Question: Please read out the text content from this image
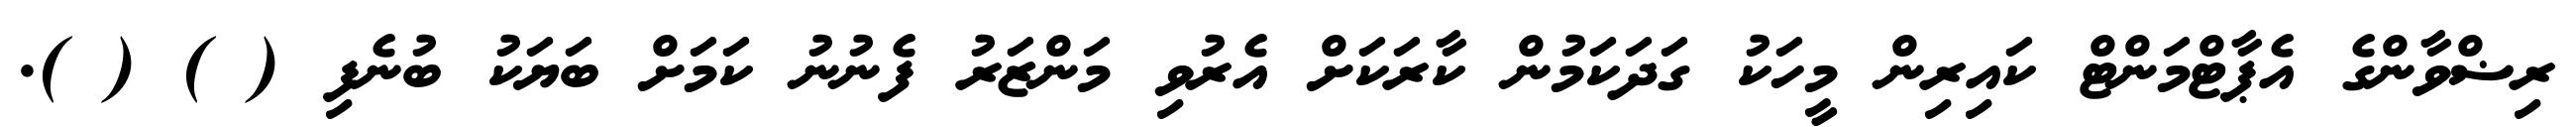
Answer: ރިޟްވާންގެ އެޕާޓްމަންޓް ކައިރިން މީހަކު ގަދަކަމުން ކާރަކަށް އެރުވި މަންޒަރު ފެނުނު ކަމަށް ބަޔަކު ބުނެފި ( ) ( ).